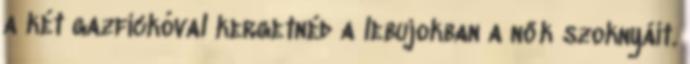
a két gazfickóval kergetnéd a lebujokban a nők szoknyáit.